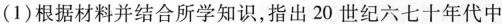
(1)根据材料并结合所学知识，指出20世纪六七十年代中